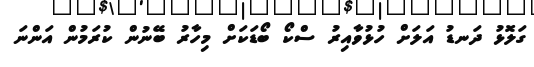
ގަލޮޅު ދަނޑު އަލަށް ހުޅުވާއިރު ސްކޯ ބޯޑަކަށް މިހާރު ބޭނުން ކުރަމުން އަންނަ